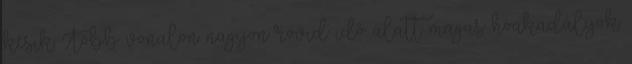
késik. Több vonalon nagyon rövid idő alatt magas hóakadályok